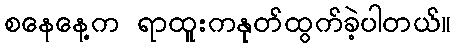
စနေနေ့က ရာထူးကနုတ်ထွက်ခဲ့ပါတယ်။